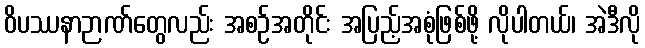
ဝိပဿနာဉာဏ်တွေလည်း အစဉ်အတိုင်း အပြည့်အစုံဖြစ်ဖို့ လိုပါတယ်၊ အဲဒီလို